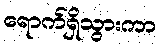
ရောက်ရှိသွားကာ